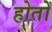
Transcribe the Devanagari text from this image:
होतों